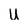
Character: U